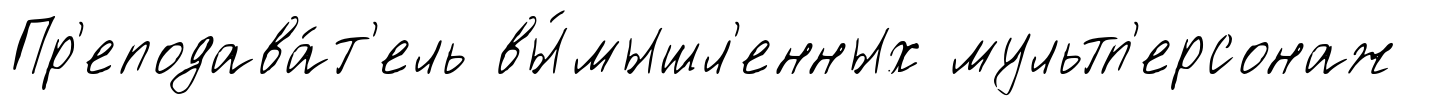
Пр'еподава́т'ель вы́мышл'енных мультп'ерсонаж